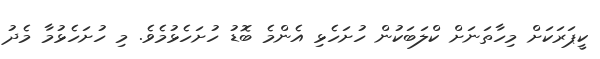
ކީޕަރަކަށް މިހާތަނަށް ކްލަބަކުން ހުށަހެޅި އެންމެ ބޮޑު ހުށަހެޅުމެވެ. މި ހުށަހެޅުމާ މެދު